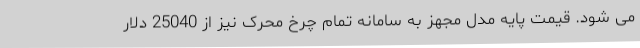
می شود. قیمت پایه مدل مجهز به سامانه تمام چرخ محرک نیز از 25040 دلار